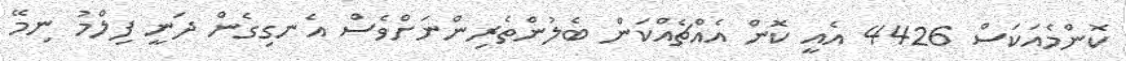
ކޮންމެއަކަސް 4426 އެއީ ކޮން އެއްޗެއްކަން ބެލުންތެރިންނަށްވެސް އެނގިގެން ދަނީ ފިލްމު ނިމޭ